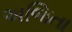
અજિતા